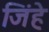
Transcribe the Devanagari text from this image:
जिंहे